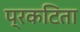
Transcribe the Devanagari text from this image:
प्रकटिता